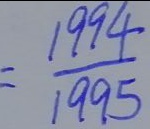
= \frac { 1 9 9 4 } { 1 9 9 5 }